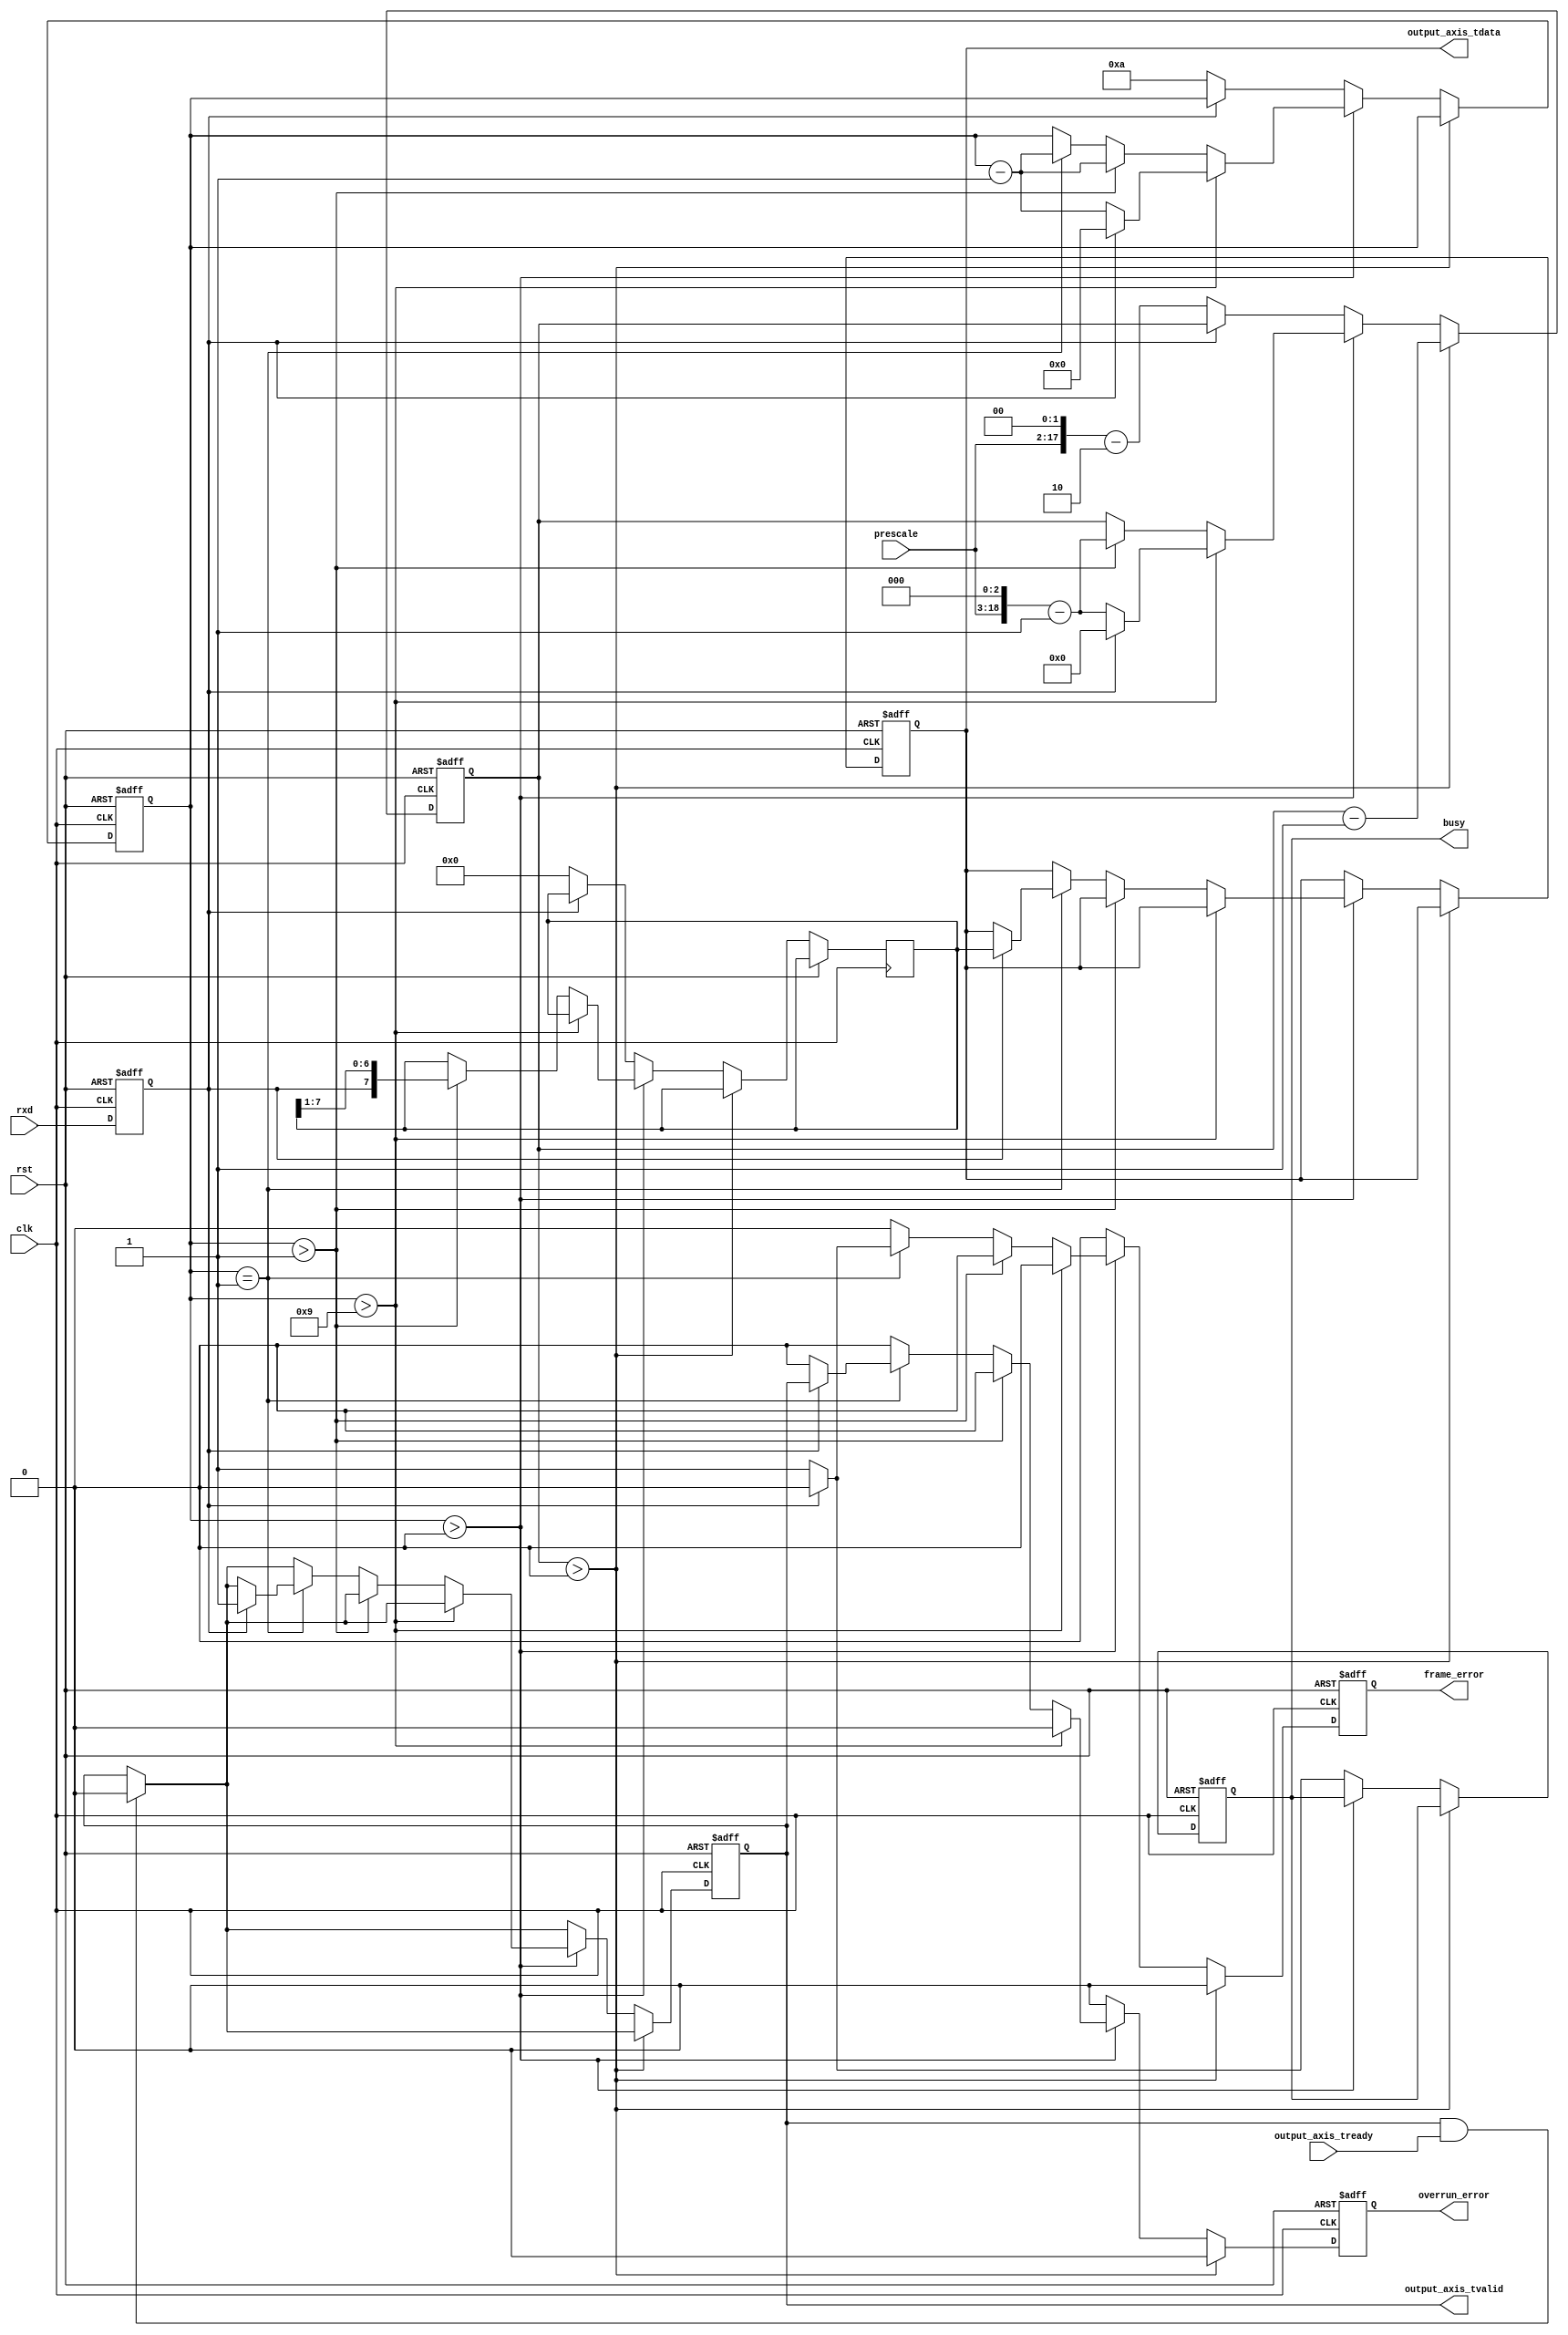
module uart_rx #
(
    parameter DATA_WIDTH = 8
)
(
    input  wire                   clk,
    input  wire                   rst,

    /*
     * AXI output
     */
    output wire [DATA_WIDTH-1:0]  output_axis_tdata,
    output wire                   output_axis_tvalid,
    input  wire                   output_axis_tready,

    /*
     * UART interface
     */
    input  wire                   rxd,

    /*
     * Status
     */
    output wire                   busy,
    output wire                   overrun_error,
    output wire                   frame_error,

    /*
     * Configuration
     */
    input  wire [15:0]            prescale

);

reg [DATA_WIDTH-1:0] output_axis_tdata_reg = 0;
reg output_axis_tvalid_reg = 0;

reg rxd_reg = 1;

reg busy_reg = 0;
reg overrun_error_reg = 0;
reg frame_error_reg = 0;

reg [DATA_WIDTH-1:0] data_reg = 0;
reg [18:0] prescale_reg = 0;
reg [3:0] bit_cnt = 0;

assign output_axis_tdata = output_axis_tdata_reg;
assign output_axis_tvalid = output_axis_tvalid_reg;

assign busy = busy_reg;
assign overrun_error = overrun_error_reg;
assign frame_error = frame_error_reg;

always @(posedge clk or posedge rst) begin
    if (rst) begin
        output_axis_tdata_reg <= 0;
        output_axis_tvalid_reg <= 0;
        rxd_reg <= 1;
        prescale_reg <= 0;
        bit_cnt <= 0;
        busy_reg <= 0;
        overrun_error_reg <= 0;
        frame_error_reg <= 0;
    end else begin
        rxd_reg <= rxd;
        overrun_error_reg <= 0;
        frame_error_reg <= 0;

        if (output_axis_tvalid & output_axis_tready) begin
            output_axis_tvalid_reg <= 0;
        end

        if (prescale_reg > 0) begin
            prescale_reg <= prescale_reg - 1;
        end else if (bit_cnt > 0) begin
            if (bit_cnt > DATA_WIDTH+1) begin
                if (~rxd_reg) begin
                    bit_cnt <= bit_cnt - 1;
                    prescale_reg <= (prescale << 3)-1;
                end else begin
                    bit_cnt <= 0;
                    prescale_reg <= 0;
                end
            end else if (bit_cnt > 1) begin
                bit_cnt <= bit_cnt - 1;
                prescale_reg <= (prescale << 3)-1;
                data_reg <= {rxd_reg, data_reg[DATA_WIDTH-1:1]};
            end else if (bit_cnt == 1) begin
                bit_cnt <= bit_cnt - 1;
                if (rxd_reg) begin
                    output_axis_tdata_reg <= data_reg;
                    output_axis_tvalid_reg <= 1;
                    overrun_error_reg <= output_axis_tvalid_reg;
                end else begin
                    frame_error_reg <= 1;
                end
            end
        end else begin
            busy_reg <= 0;
            if (~rxd_reg) begin
                prescale_reg <= (prescale << 2)-2;
                bit_cnt <= DATA_WIDTH+2;
                data_reg <= 0;
                busy_reg <= 1;
            end
        end
    end
end

endmodule